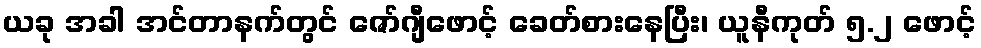
ယခု အခါ အင်တာနက်တွင် ဇော်ဂျီဖောင့် ခေတ်စားနေပြီး၊ ယူနီကုတ် ၅.၂ ဖောင့်